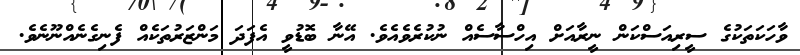
ވާހަކަތަކުގެ ސީރިއަސްކަން ނީރާއަށް އިހްސާސެއް ނުކުރެވެއެވެ. އޭނާ ބޮޑުވީ އެފަދަ މަންޒަރުތަކެއް ފެނިގެނެއްނޫނެވެ.